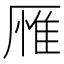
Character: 𪠕